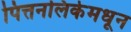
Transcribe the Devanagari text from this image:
पित्तनलिकेमधून